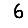
Digit: 6